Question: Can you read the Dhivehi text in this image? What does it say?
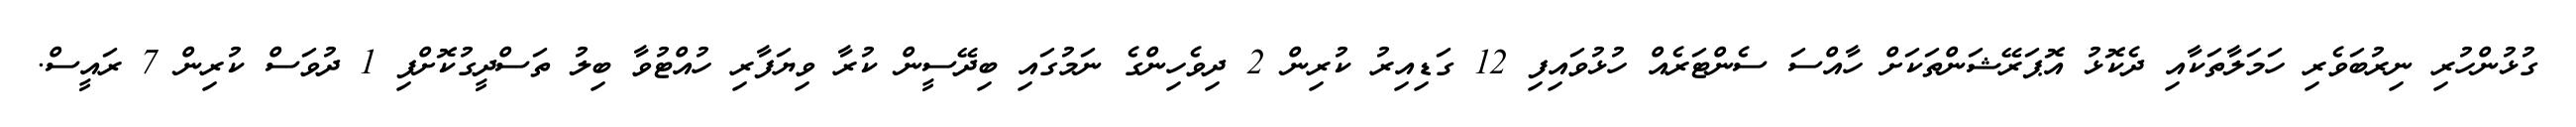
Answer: ގުޅުންހުރި ނިރުބަވެރި ހަމަލާތަކާއި ދެކޮޅު އޮޕަރޭޝަންތަކަށް ހާއްސަ ސެންޓަރެއް ހުޅުވައިފި 12 ގަޑިއިރު ކުރިން 2 ދިވެހިންގެ ނަމުގައި ބިދޭސީން ކުރާ ވިޔަފާރި ހުއްޓުވާ ބިލު ތަސްދީގުކޮށްފި 1 ދުވަސް ކުރިން 7 ރައީސް.